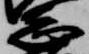
志